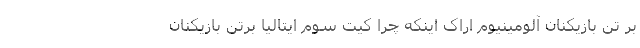
بر تن بازیکنان آلومینیوم اراک اینکه چرا کیت سوم ایتالیا برتن بازیکنان